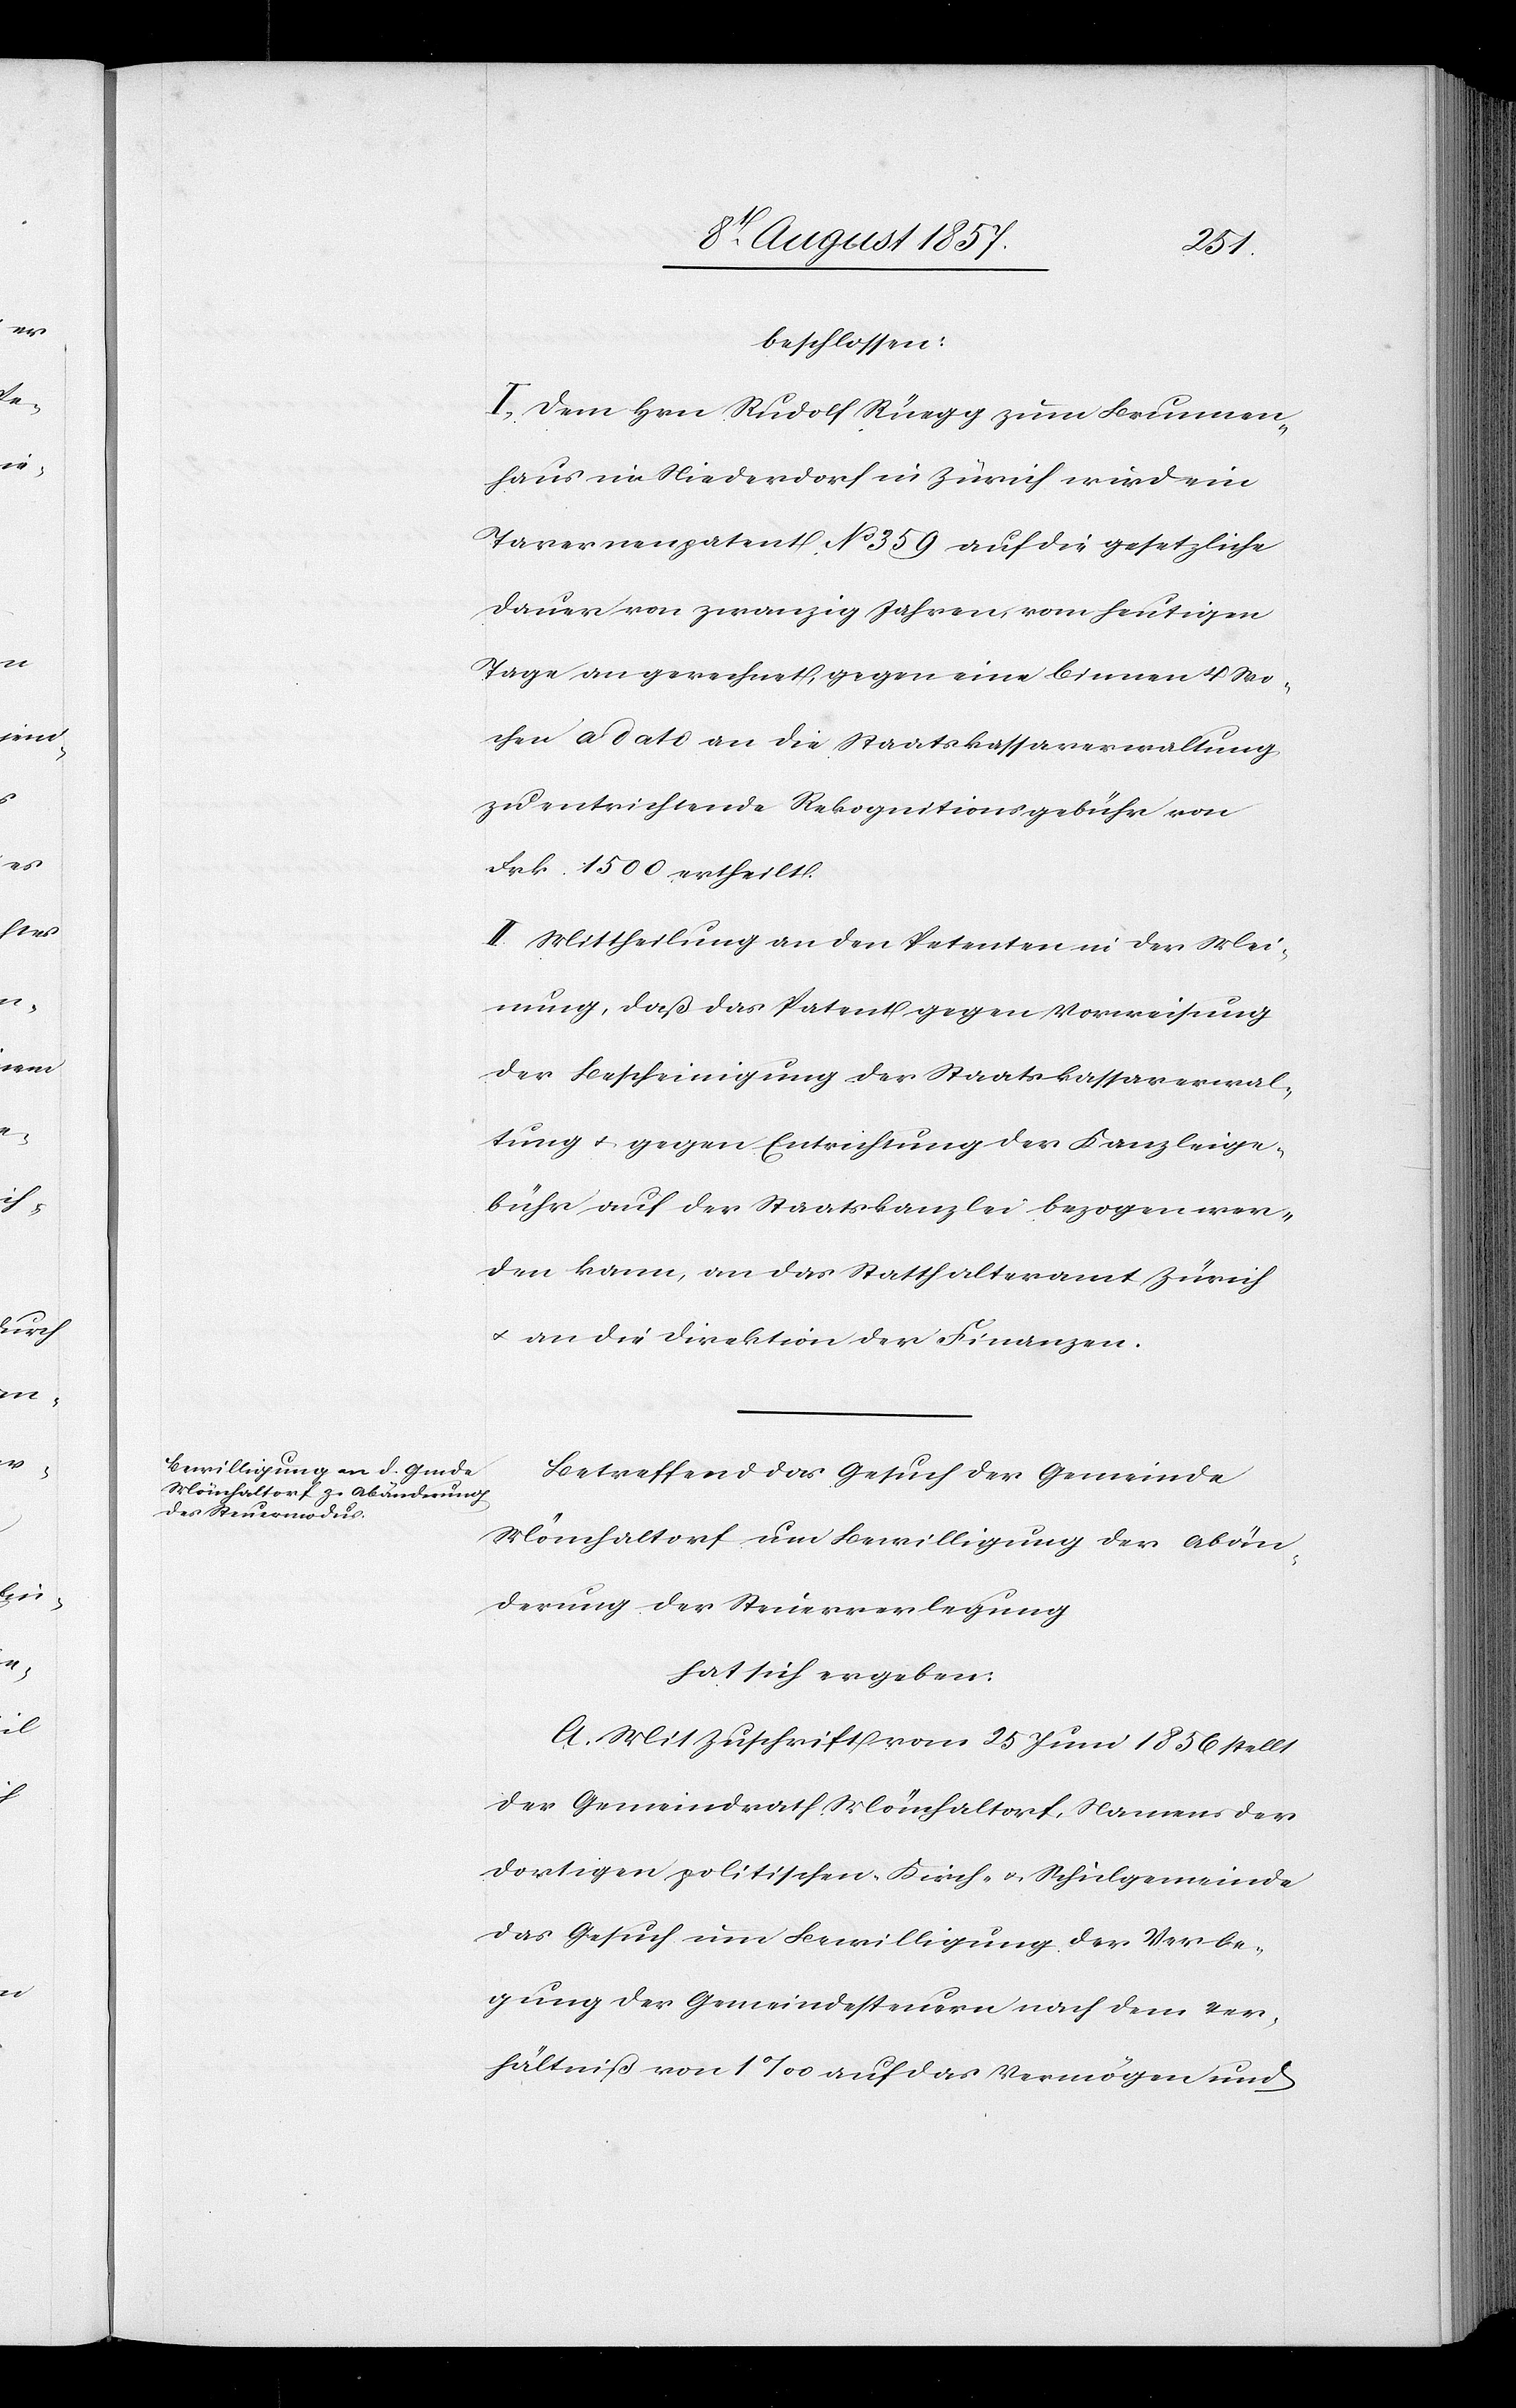
Wo¬
beschlossen:
I. Dem Hrn. Rudolf Rüegg zum Brunnen¬
haus im Niederdorf in Zürich, wird ein
Tavernenpatent No 359 auf die gesetzliche
Dauer von zwanzig Jahren vom heutigen
chen à dato an die Staatskassaverwaltung
zu entrichtende Rekognitionsgebühr von
Frk. 1 500 ertheilt.
II. Mittheilung an den Petenten in der Mei¬
nung, daß das Patent gegen Vorweisung
der Bescheinigung der Staatskassaverwal¬
tung & gegen Entrichtung der Kanzleige¬
bühr auf der Staatskanzlei bezogen wer¬
den kann, an das Statthalteramt Zürich
& an die Direktion der Finanzen.
Betreffend das Gesuch der Gemeinde
Mönchaltorf um Bewilligung der Abän¬
derung der Steuerverlegung
hat sich ergeben:
A. Mit Zuschrift vom 25 Juni 1856 stellt
der Gemeindrath Mönchaltorf, Namens der
dortigen politischen Kirch- & Schulgemeinde
das Gesuch um Bewilligung der Verle¬
gung der Gemeindesteuern nach dem Ver¬
hältniß vom 1‰ auf das Vermögen und